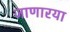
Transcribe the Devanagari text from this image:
जाणारया